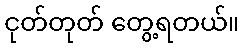
ငုတ်တုတ် တွေ့ရတယ်။